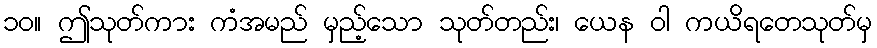
၁၀။ ဤသုတ်ကား ကံအမည် မှည့်သော သုတ်တည်း၊ ယေန ဝါ ကယိရတေသုတ်မှ